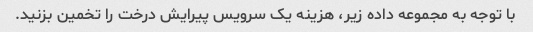
با توجه به مجموعه داده زیر، هزینه یک سرویس پیرایش درخت را تخمین بزنید.